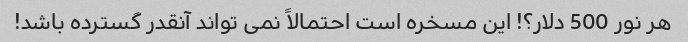
هر نور 500 دلار؟! این مسخره است احتمالاً نمی تواند آنقدر گسترده باشد!